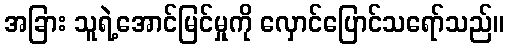
အခြား သူရဲ့အောင်မြင်မှုကို လှောင်ပြောင်သရော်သည်။